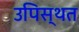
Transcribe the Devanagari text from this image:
उपिस्थत